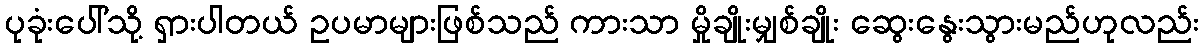
ပုခုံးပေါ်သို့ ရှားပါတယ် ဥပမာများဖြစ်သည် ကားသာ မှိုချိုးမျှစ်ချိုး ဆွေးနွေးသွားမည်ဟုလည်း